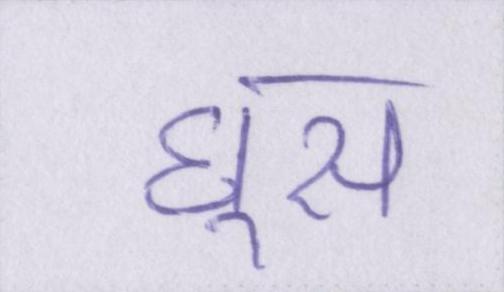
घूस